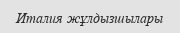
Италия жұлдызшылары